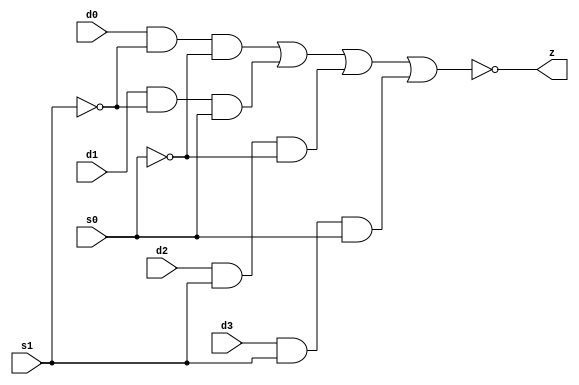
//#############################################################################
//# Function: 4-Input Inverting Mux                                           #
//# Copyright: Lambda Project Authors. All rights Reserved.                   #
//# License:  MIT (see LICENSE file in Lambda repository)                     #
//#############################################################################

module la_muxi4 #(
    parameter PROP = "DEFAULT"
) (
    input  d0,
    input  d1,
    input  d2,
    input  d3,
    input  s0,
    input  s1,
    output z
);

    assign z = ~((d0 & ~s1 & ~s0) | (d1 & ~s1 & s0) | (d2 & s1 & ~s0) | (d3 & s1 & s0));

endmodule